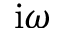
\mathrm { i } \omega